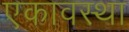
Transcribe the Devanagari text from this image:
एकावस्था